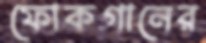
ফোকগানের